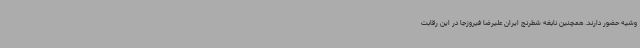
وشیه حضور دارند. همچنین نابغه شطرنج ایران علیرضا فیروزجا در این رقابت